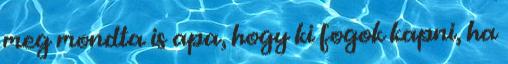
meg mondta is apa, hogy ki fogok kapni, ha